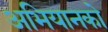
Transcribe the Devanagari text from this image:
अभियानको